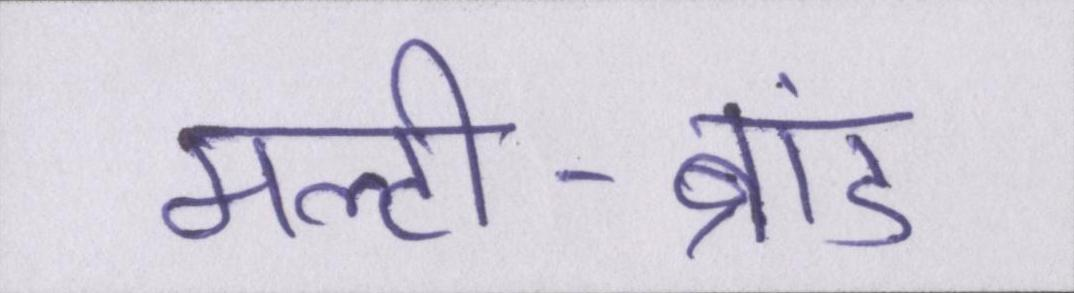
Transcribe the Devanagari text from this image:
मल्टी-ब्रांड